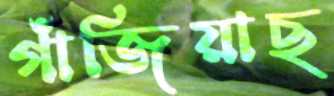
গাঁজিয়াছ